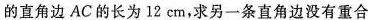
的直角边AC的长为12cm，求另一条直角边没有重合